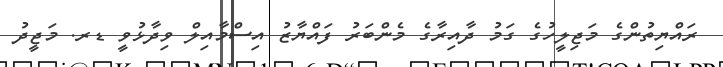
ރައްޔިތުންގެ މަޖިލީހުގެ ގަމު ދާއިރާގެ މެންބަރު ފައްޔާޒު އިސްމާއިލް ވިދާޅުވީ ޑރ. މަޖީދު